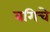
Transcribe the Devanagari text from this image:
बगिचे